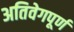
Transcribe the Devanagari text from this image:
अतिवेगपूर्ण